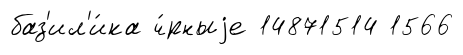
баз'ил'и́ка ч́рныjе 14871514 1566